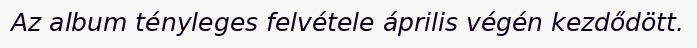
Az album tényleges felvétele április végén kezdődött.